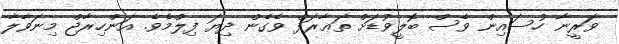
ވަރީނާ ހުސައިން ވެސް ބޮލީވުޑަށް ތަޢާރަފް ވެގެން ދިޔަ ފިލްމެވެ. އަންހިރާޖް މިނަވާލާ